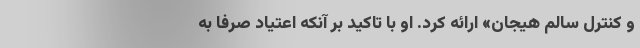
و کنترل سالم هیجان» ارائه کرد. او با تاکید بر آنکه اعتیاد صرفا به